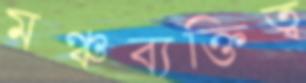
মঞ্চব্যক্তিত্ব